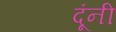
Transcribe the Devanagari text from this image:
दूंनी